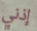
إذني